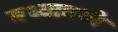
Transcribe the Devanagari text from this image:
मध्यामध्ये